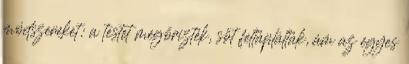
módszereket: a testet megőrizték, sőt feltáplálták, ám az e­gyes